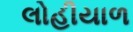
લોહીયાળ